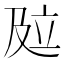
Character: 𰆾